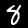
Digit: 8